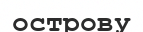
острову